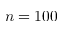
n = 1 0 0